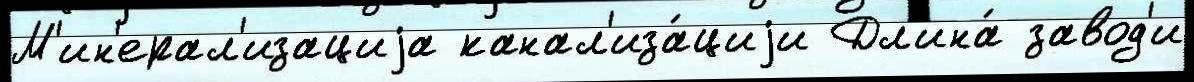
М'ин'ерал'изациjа канал'иза́циjи Дл'ина́ завод'и